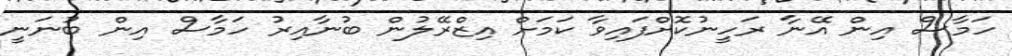
ހަމާސް އިން އޭނާ ރަހީނުކޮށްފައިވާ ކަމަށް އިޒްރޭލުން ބުނާއިރު ހަމާސް އިން ބުނަނީ